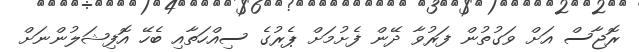
ރޮޖާސް އަށް ވަގުތުން ފަރުވާ ދޭން ފެށުމަށް ޕެރުގެ ސިއްހަތާއި ބެހޭ އޮފިޝަލުންނަށް